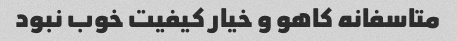
متاسفانه کاهو و خیار کیفیت خوب نبود